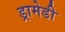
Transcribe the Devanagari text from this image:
ड्रामेडी